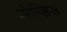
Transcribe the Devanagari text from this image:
सेल्सिस